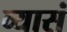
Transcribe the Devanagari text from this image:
व्यासं